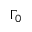
\Gamma _ { 0 }